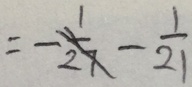
= - \frac { 1 } { 2 7 } - \frac { 1 } { 2 1 }